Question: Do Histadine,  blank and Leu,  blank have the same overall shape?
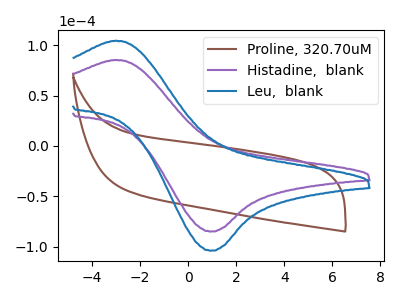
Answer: <think>The brown curve "Proline, 320.70uM" has no peaks. The purple curve "Histadine,  blank" has an anodic peak at (-3.00V, 85.30uA) and a cathodic peak at (0.90V, -85.00uA). The blue curve "Leu,  blank" has an anodic peak at (-3.00V, 104.40uA) and a cathodic peak at (0.90V, -104.05uA).
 All the peaks in "Histadine,  blank" have a peak in "Leu,  blank" at the same potential. Every peak in "Histadine,  blank" is lower than every peak in "Leu,  blank".</think>
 <answer>"Histadine,  blank" and "Leu,  blank" are similar in shape.</answer>
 <eval>same_shape</eval>